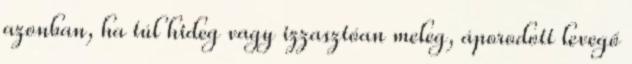
azonban, ha túl hideg vagy izzasztóan meleg, áporodott levegő